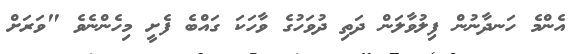
އެންމެ ހަނދާނުން ފިލުވާލަން ދަތި ދުވަހުގެ ވާހަކަ ގައްބެ ފެށީ މިހެންނެވެ "ވަރަށް